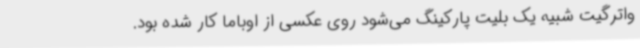
واترگیت شبیه یک بلیت پارکینگ می‌شود روی عکسی از اوباما کار شده بود.